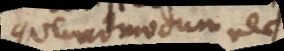
quemadmodum nec